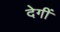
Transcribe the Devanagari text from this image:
देगीं